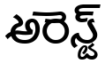
అరెస్ట్